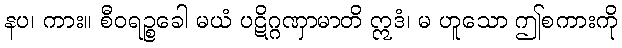
နပ၊ ကား။ စီဝရဉ္စခေါ မယံ ပဋိဂ္ဂဏှာမာတိ ဣဒံ၊ မ ဟူသော ဤစကားကို